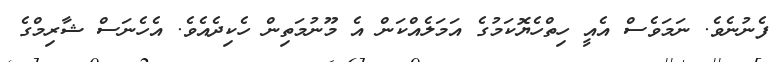
ފެނުނެވެ. ނަމަވެސް އެއީ ހިތްހެޔޮކަމުގެ އަމަލެއްކަން އެ މޫނުމަތިން ހެކިދެއެވެ. އެހެނަސް ޝާރިމްގެ